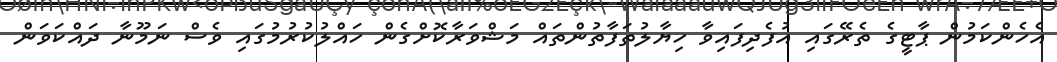
އެހެންކަމުން ޕާޓީގެ ތެރޭގައި އުފެދިފައިވާ ހިޔާލުތަފާތުންތައް މަޝްވަރާކޮށްގެން ހައްލުކުރުމުގައި ވެސް ނަމޫނާ ދައްކަވަން